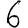
Digit: 6